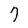
Character: 7